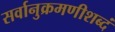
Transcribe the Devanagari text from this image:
सर्वानुक्रमणीशब्दं